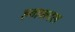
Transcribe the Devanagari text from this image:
हबाकदल